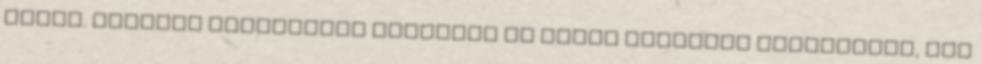
kapun. Skarlát Boszorkány egyesült az egyik legősibb entitással, ami